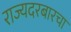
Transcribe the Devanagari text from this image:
राज्यदरबारचा